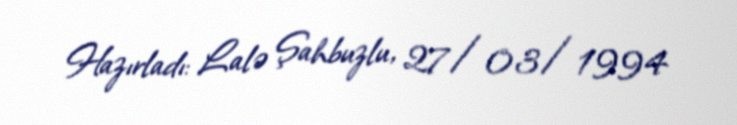
Hazırladı: Lalə Şahbuzlu, 27/03/1994